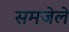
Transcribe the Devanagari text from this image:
समजेले